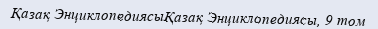
Қазақ ЭнциклопедиясыҚазақ Энциклопедиясы, 9 том